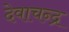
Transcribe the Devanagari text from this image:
देवाचन्द्र